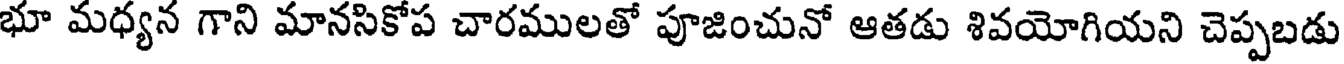
భూ మధ్యన గాని మానసికోప చారములతో పూజించునో ఆతడు శివయోగియని చెప్పబడు